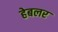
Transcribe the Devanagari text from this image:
हेबलर